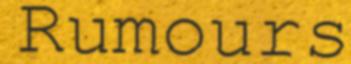
Rumours